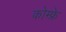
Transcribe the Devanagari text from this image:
कोम्फ्रे